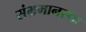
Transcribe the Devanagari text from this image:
संभ्रमानस्था